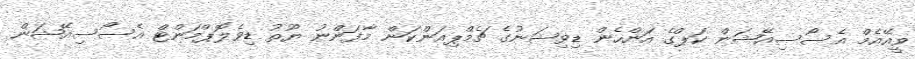
ވީއޭއެމް އެސޯސިއޭޝަން ކަޕްގެ އަންހެން ޑިވިޝަނުގެ ޗެމްޕިއަންކަން މާފަންނު ޔޫތު ޑިވެލޮޕްމަންޓް އެސޯސިއޭޝަން